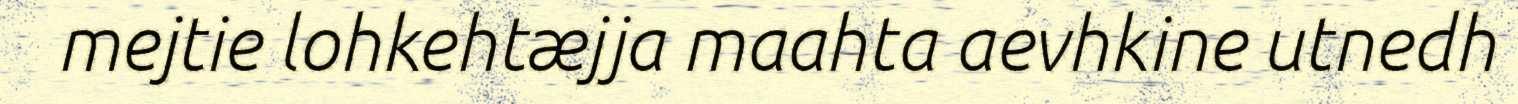
mejtie lohkehtæjja maahta aevhkine utnedh